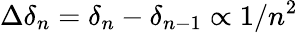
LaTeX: \Delta\delta_{n}=\delta_{n}-\delta_{n-1}\propto 1/n^{2}